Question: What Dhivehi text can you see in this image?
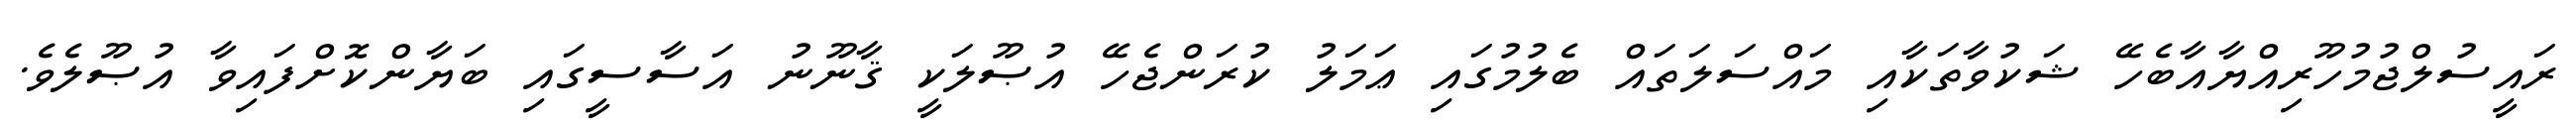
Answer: ރައީސުލްޖުމުހޫރިއްޔާއާބެހޭ ޝަކުވާތަކާއި މައްސަލަތައް ބެލުމުގައި ޢަމަލު ކުރަންޖެހޭ އުޞޫލަކީ ޤާނޫނު އަސާސީގައި ބަޔާންކޮށްފައިވާ އުޞޫލެވެ.